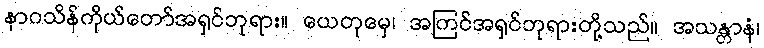
နာဂသိန်ကိုယ်တော်အရှင်ဘုရား။ ယေတုမှေ၊ အကြင်အရှင်ဘုရားတို့သည်။ အသန္တာနံ၊